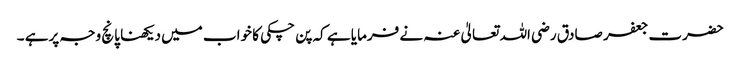
حضرت جعفر صادق رضی اللہ تعالیٰ عنہ نے فرمایا ہے کہ پن چکی کا خواب میں دیکھنا پانچ وجہ پرہے ۔